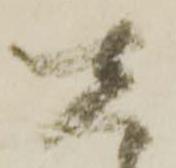
在